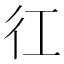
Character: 𢓁